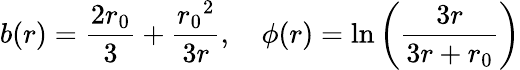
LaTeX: b(r)=\frac{2r_{0}}{3}+\frac{{r_{0}}^{2}}{3r},\quad\phi(r)=\ln\left(\frac{3r}{3r+r_{0}}\right)